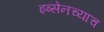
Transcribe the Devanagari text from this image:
इब्सेनच्याच